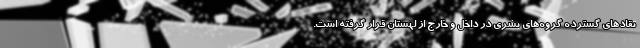
تقادهای گسترده گروه‌های بشری در داخل و خارج از لهستان قرار گرفته است.